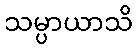
သမ္ပာယာသိ